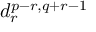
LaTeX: d _ { r } ^ { p - r , q + r - 1 }